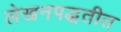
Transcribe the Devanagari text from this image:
लेखनपद्धतीत